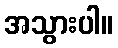
အသွားပါ။